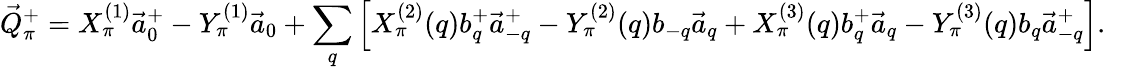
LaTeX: \vec{Q}_{\pi}^{+}=X_{\pi}^{(1)}\vec{a}_{0}^{+}-Y_{\pi}^{(1)}\vec{a}_{0}+\sum_{q}\left[X_{\pi}^{(2)}(q)b_{q}^{+}\vec{a}_{-q}^{+}-Y_{\pi}^{(2)}(q)b_{-q}\vec{a}_{q}+X_{\pi}^{(3)}(q)b_{q}^{+}\vec{a}_{q}-Y_{\pi}^{(3)}(q)b_{q}\vec{a}_{-q}^{+}\right].~~